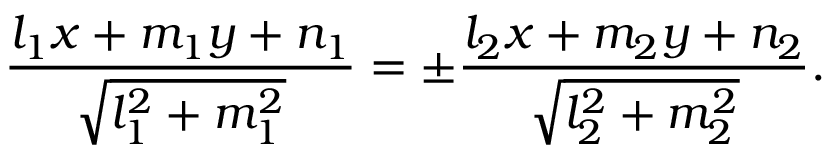
{ \frac { l _ { 1 } x + m _ { 1 } y + n _ { 1 } } { \sqrt { l _ { 1 } ^ { 2 } + m _ { 1 } ^ { 2 } } } } = \pm { \frac { l _ { 2 } x + m _ { 2 } y + n _ { 2 } } { \sqrt { l _ { 2 } ^ { 2 } + m _ { 2 } ^ { 2 } } } } .